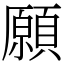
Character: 願